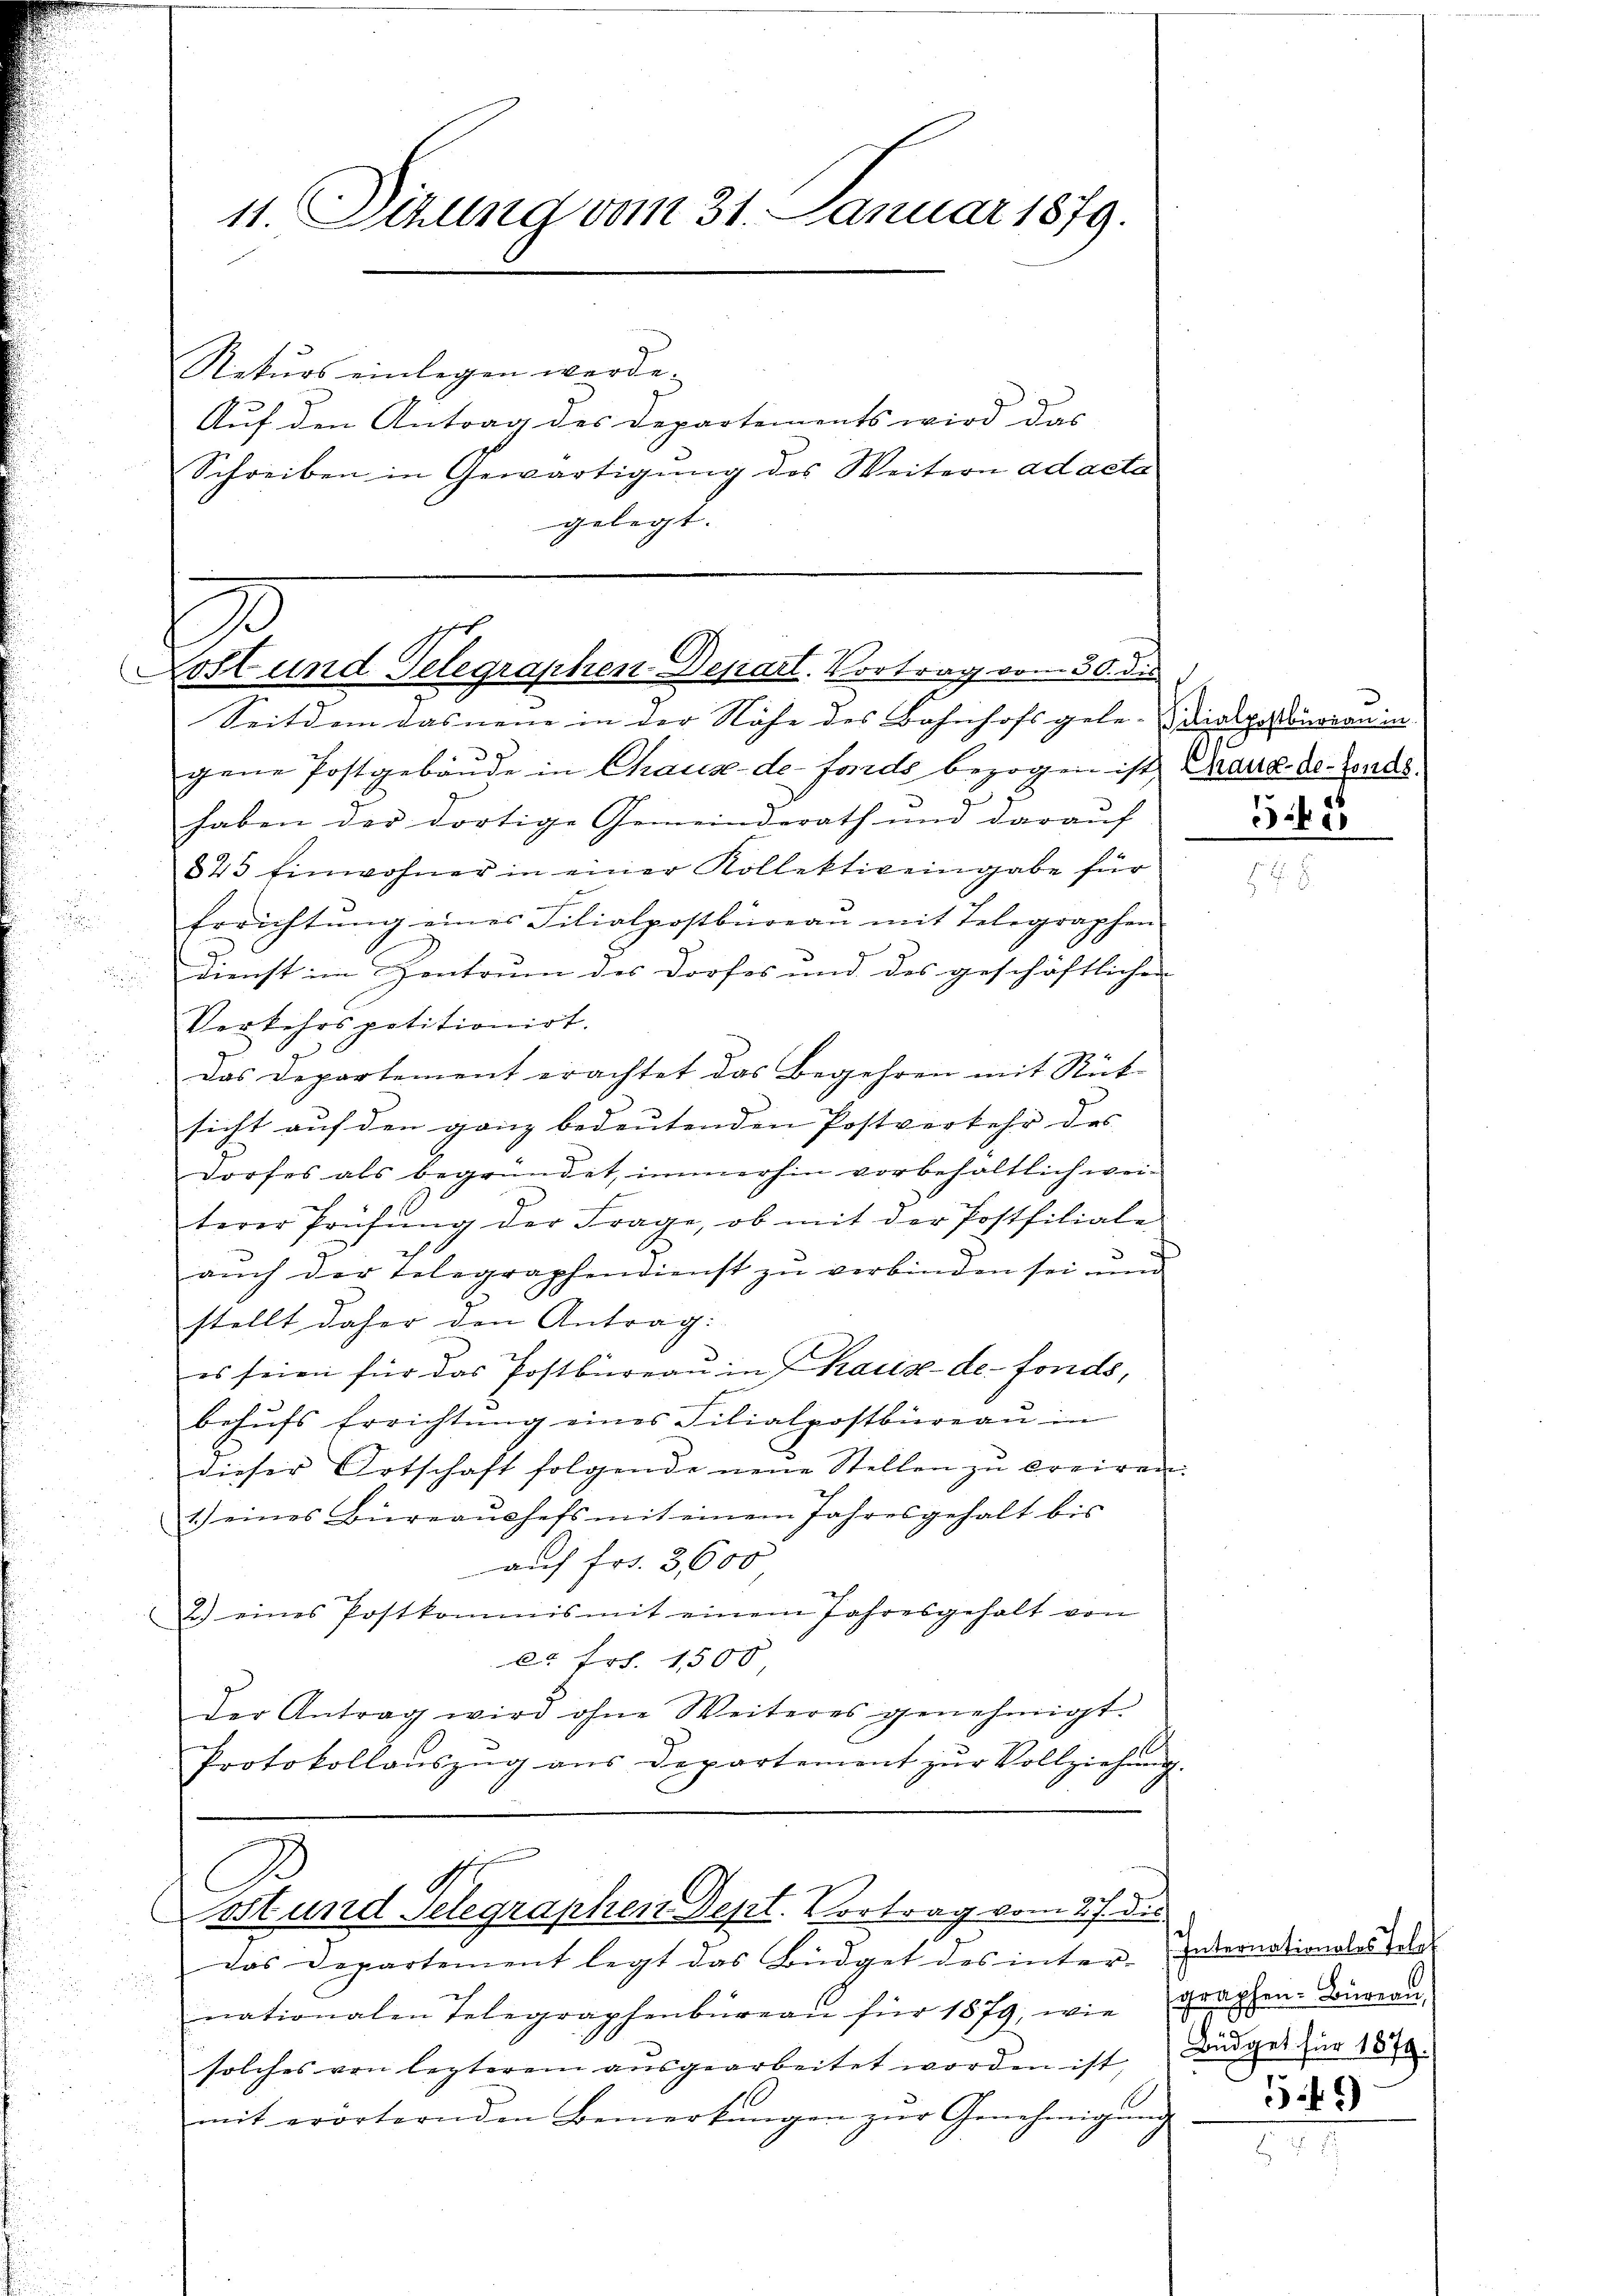
Neturs einlegen werde.
Auf den Antrag des Departements wird das
Schreiben in Gewärtigung des Weitern ad acta
gelegt.

11. Sizung vom 31. Januar 1879.

.
Kost und Telegraphen-Depart. Vortrag vom 30. die

Seitdem das neue in der Nähe des Bahnhofs gele-Dirkpossonoran in |
gene Postgebäude in Chaux-de-Fonds bezogen ist, aus de fondshaben der dortige Gemeinderath und darauf
825 Einwohner in einer Kollektiv eingabe für
E
e
Errichtung eines Filialpostbüreau mit Telegraphen-
Dienst im Zentrum des Dorfes und des geschäftlicher
Verkehrspotitionirt.
Das Departement erachtet das Begehren mit Rüt
sicht auf den ganz bedeutenden Postverkehr des |
dorfes als begründet, immerhin vorbehaltlich weiterer Prüfŭng der Frage, ob mit der Postfiliale
1
auch der Telegraphendienst zu verbinden sei med
stellt daher den Antrag:
es seien für das Postbüreaŭ in Chaux-de-Fonds,
behŭfs Errichtŭng eines Filialpostbüreaŭ in
dieser Ortschaft folgende neŭe Stellen zŭ breiren.
1.) eines Büreaŭshefs mit einem Jahresgehalt bis
auf Fr. 3600
2.) eines Postkommis mit einem Jahresgehalt von
l. Art. 1500
Der Antrag wird ohne Weiteres genehmigt.
Protokollaŭszŭg ans Departement zŭr Vollziehŭng.
Post und Telegraphen Dept. Vortrag vom 27. dies
das Departement legt das Büdget des inter-Internationslos dele
nationalen Telegraphenbüreaŭ für 1879, wie graphen-Bureau-
solches von lezterem aŭsgearbeitet worden ist, Bürger für 1879.
mit erörternden Bemerkungen zŭr Genehmigŭng

348

549)